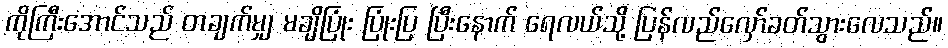
ကိုကြီးအောင်သည် တချက်မျှ မချိပြုံး ပြုံးပြ ပြီးနောက် ရေလယ်သို့ ပြန်လည်လှော်ခတ်သွားလေသည်။